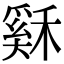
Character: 𥡙